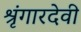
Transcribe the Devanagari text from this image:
श्रृंगारदेवी